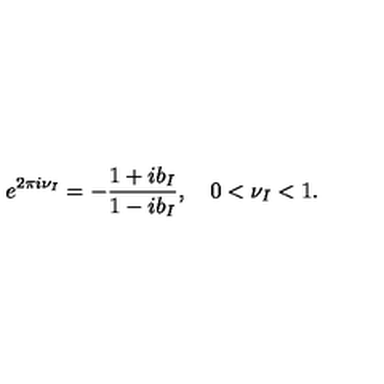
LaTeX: e ^ { 2 \pi i \nu _ { I } } = - \frac { 1 + i b _ { I } } { 1 - i b _ { I } } , \quad 0 < \nu _ { I } < 1 .